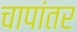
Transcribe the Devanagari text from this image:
चापांतर